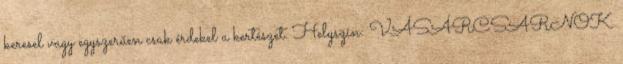
keresel vagy egyszerűen csak érdekel a kertészet. Helyszín: VÁSÁRCSARNOK